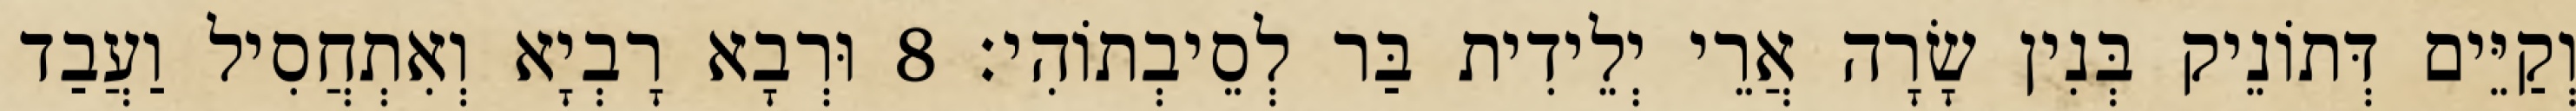
וְקַיֵּים דְּתוֹנֵיק בְּנִין שָׂרָה אֲרֵי יְלֵידִית בַּר לְסֵיבְתוֹהִי׃ 8 וּרְבָא רָבְיָא וְאִתְחֲסִיל וַעֲבַד